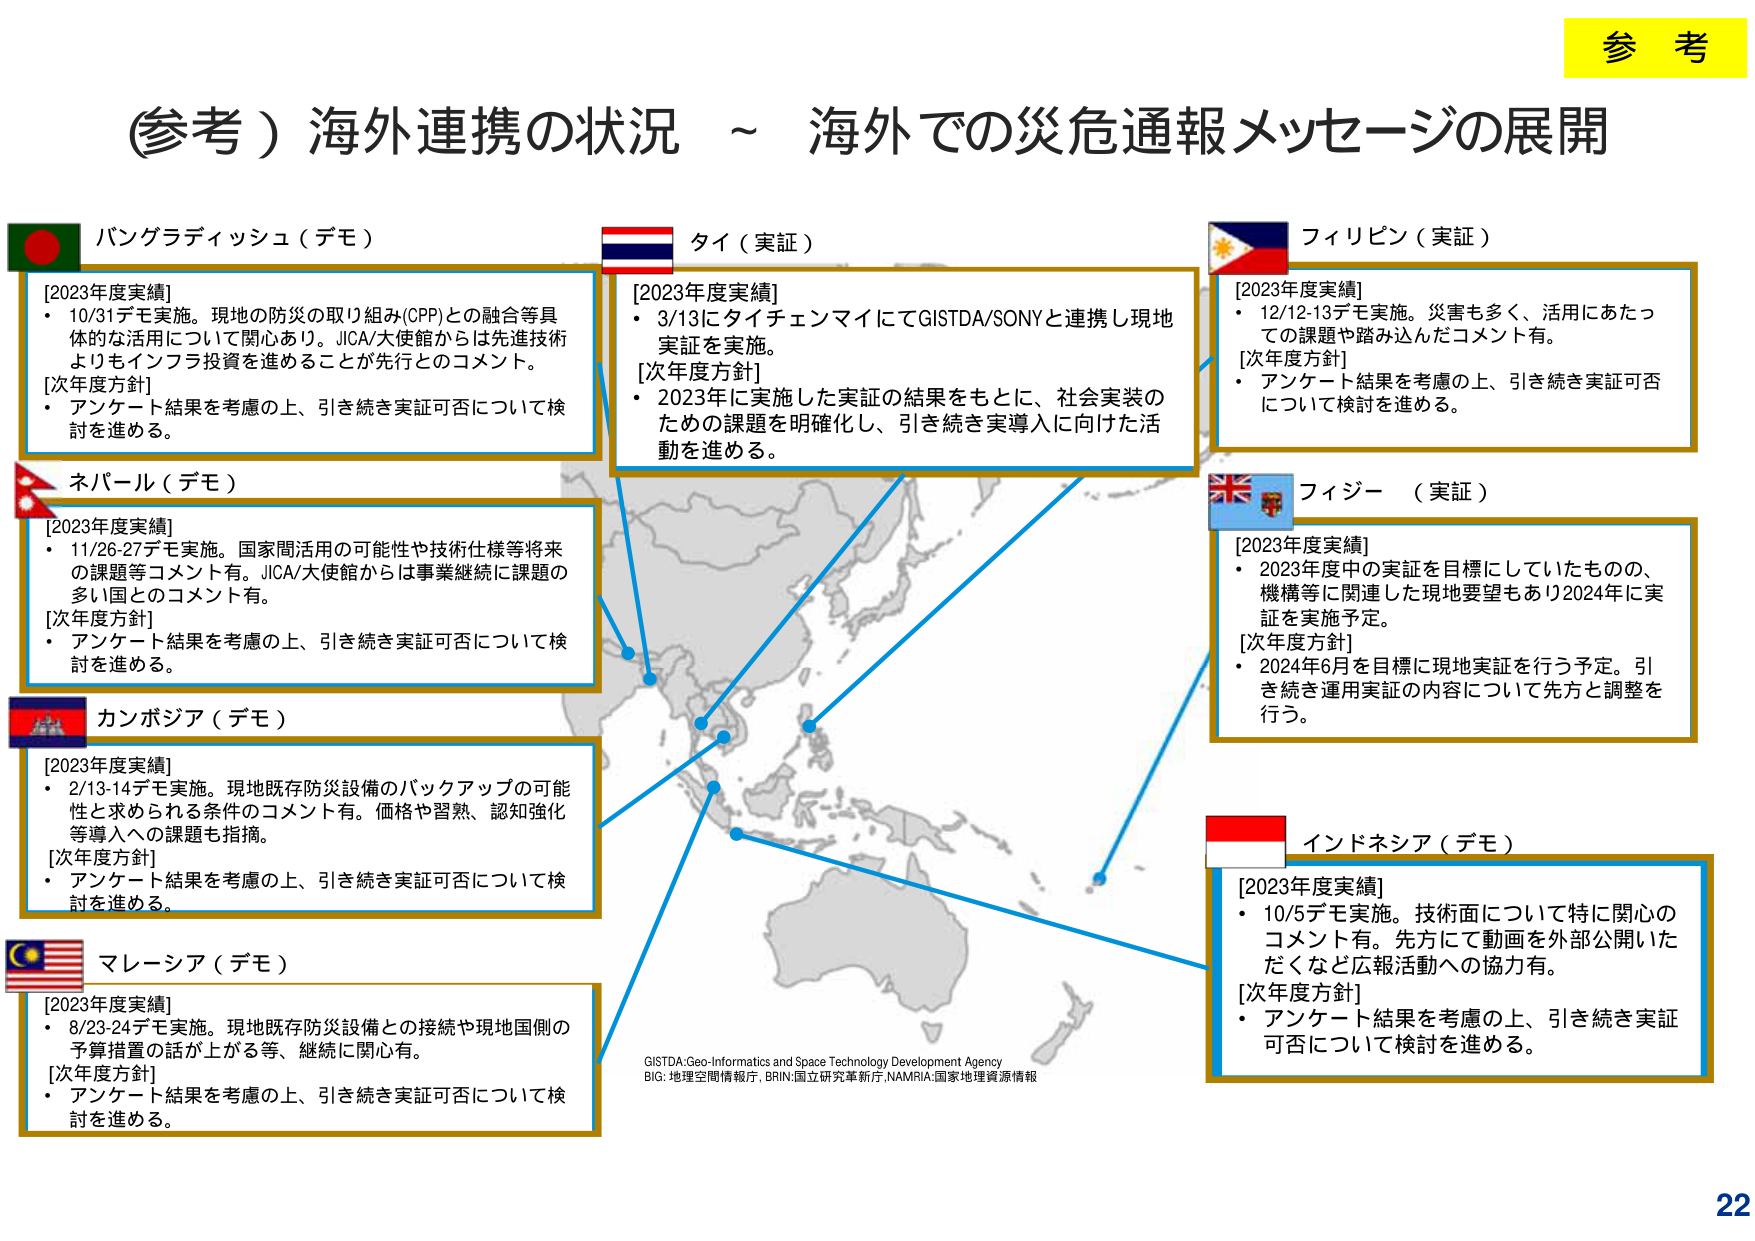
参考

（参考）海外連携の状況 ～ 海外での災危通報メッセージの展開

バングラディッシュ（デモ）
[2023年度実績]
・10/31デモ実施。現地の防災の取り組み(CPP)との融合等具体的な活用について関心あり。JICA/大使館からは先進技術よりもインフラ投資を進めることが先行とのコメント。
[次年度方針]
・アンケート結果を考慮の上、引き続き実証可否について検討を進める。

ネパール（デモ）
[2023年度実績]
・11/26-27デモ実施。国家間活用の可能性や技術仕様等将来の課題等コメント有。JICA/大使館からは事業継続に課題の多い国とのコメント有。
[次年度方針]
・アンケート結果を考慮の上、引き続き実証可否について検討を進める。

カンボジア（デモ）
[2023年度実績]
・2/13-14デモ実施。現地既存防災設備のバックアップの可能性と求められる条件のコメント有。価格や習熟、認知強化等導入への課題も指摘。
[次年度方針]
・アンケート結果を考慮の上、引き続き実証可否について検討を進める。

マレーシア（デモ）
[2023年度実績]
・8/23-24デモ実施。現地既存防災設備との接続や現地国側の予算措置の話が上がる等、継続に関心有。
[次年度方針]
・アンケート結果を考慮の上、引き続き実証可否について検討を進める。

タイ（実証）
[2023年度実績]
・3/13にタイチェンマイにてGISTDA/SONYと連携し現地実証を実施。
[次年度方針]
・2023年に実施した実証の結果をもとに、社会実装のための課題を明確化し、引き続き実導入に向けた活動を進める。

フィリピン（実証）
[2023年度実績]
・12/12-13デモ実施。災害も多く、活用にあたっての課題や踏み込んだコメント有。
[次年度方針]
・アンケート結果を考慮の上、引き続き実証可否について検討を進める。

フィジー（実証）
[2023年度実績]
・2023年度中の実証を目標にしていたものの、機構等に関連した現地要望もあり2024年に実証を実施予定。
[次年度方針]
・2024年6月を目標に現地実証を行う予定。引き続き運用実証の内容について先方と調整を行う。

インドネシア（デモ）
[2023年度実績]
・10/5デモ実施。技術面について特に関心のコメント有。先方にて動画を外部公開いただくなど広報活動への協力有。
[次年度方針]
・アンケート結果を考慮の上、引き続き実証可否について検討を進める。

GISTDA: Geo-Informatics and Space Technology Development Agency
BIG: 地理空間情報庁, BRIN: 国立研究革新庁, NAMRIA: 国家地理資源情報

22